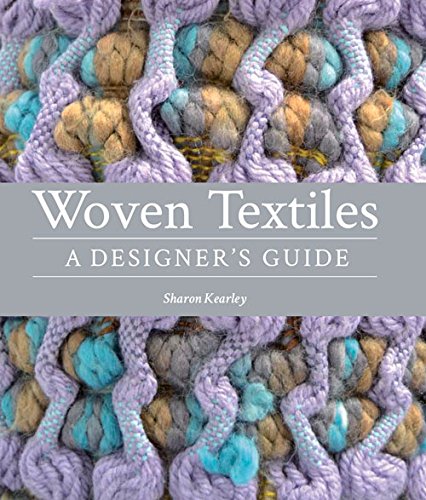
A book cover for Woven Textiles: A Designer's Guide; Sharon Kearley; Crafts, Hobbies & Home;